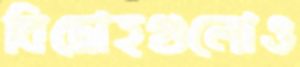
বিদ্রোহগুলোও